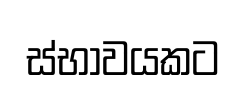
ස්භාවයකට